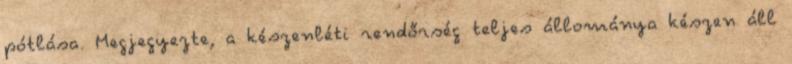
pótlása. Megjegyezte, a készenléti rendőrség teljes állománya készen áll